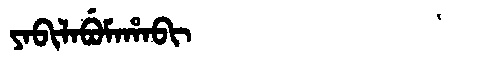
Manchu: ᠶᠠᠪᡳᠯᠠᠪᡠᠮᠠᡥᠠᠪᡳ
Romanization: YABILABUMAHABI